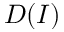
D ( I )